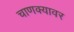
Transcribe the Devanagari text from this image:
चाणक्यावर